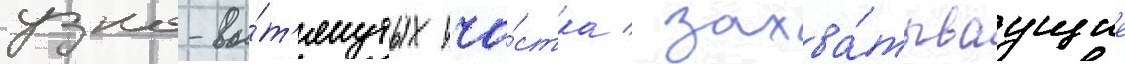
узко-вы́т'янутых уча́стка / захва́тываущие